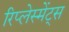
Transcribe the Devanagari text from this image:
रिप्लेस्मेंट्स